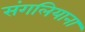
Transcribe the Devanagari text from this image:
संगलियाना